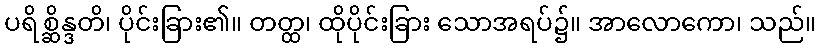
ပရိစ္ဆိန္ဒတိ၊ ပိုင်းခြား၏။ တတ္ထ၊ ထိုပိုင်းခြား သောအရပ်၌။ အာလောကော၊ သည်။